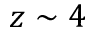
z \sim 4